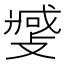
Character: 𫿎